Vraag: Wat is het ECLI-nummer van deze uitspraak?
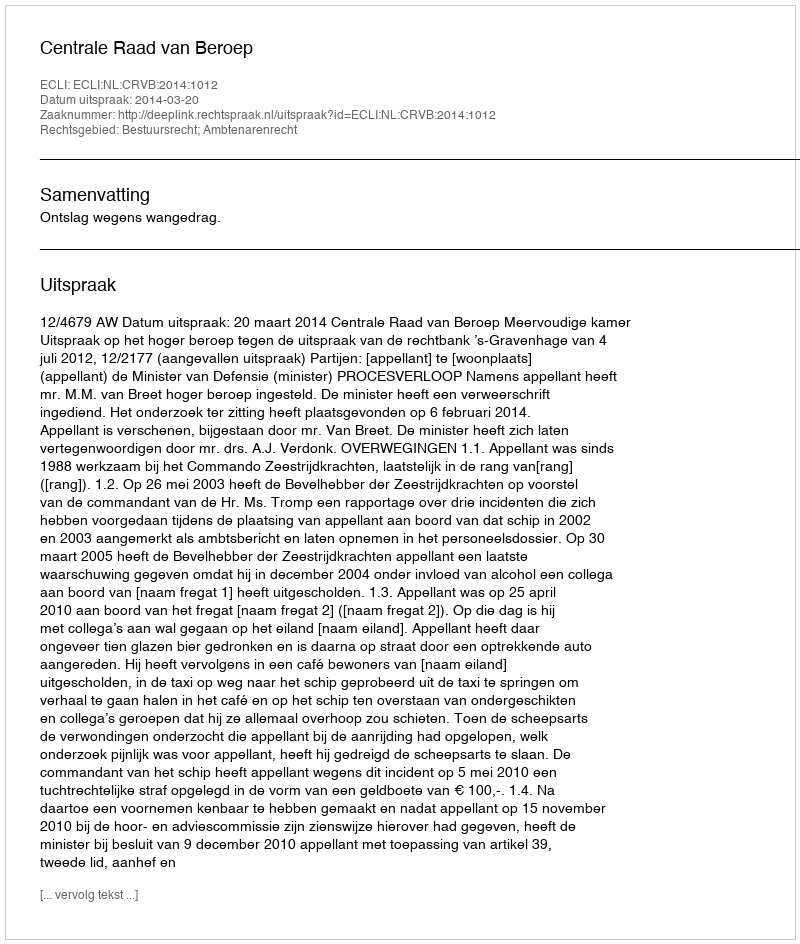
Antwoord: ECLI:NL:CRVB:2014:1012